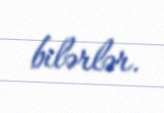
bilərlər.